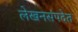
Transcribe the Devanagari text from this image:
लेखनसंपदेत